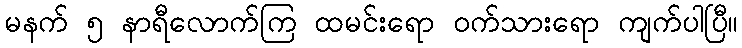
မနက် ၅ နာရီလောက်ကြ ထမင်းရော ဝက်သားရော ကျက်ပါပြီ။